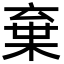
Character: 棄